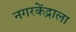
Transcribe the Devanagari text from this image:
नगरकेंद्राला